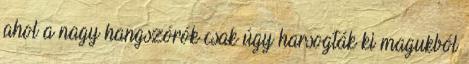
ahol a nagy hangszórók csak úgy harsogták ki magukból